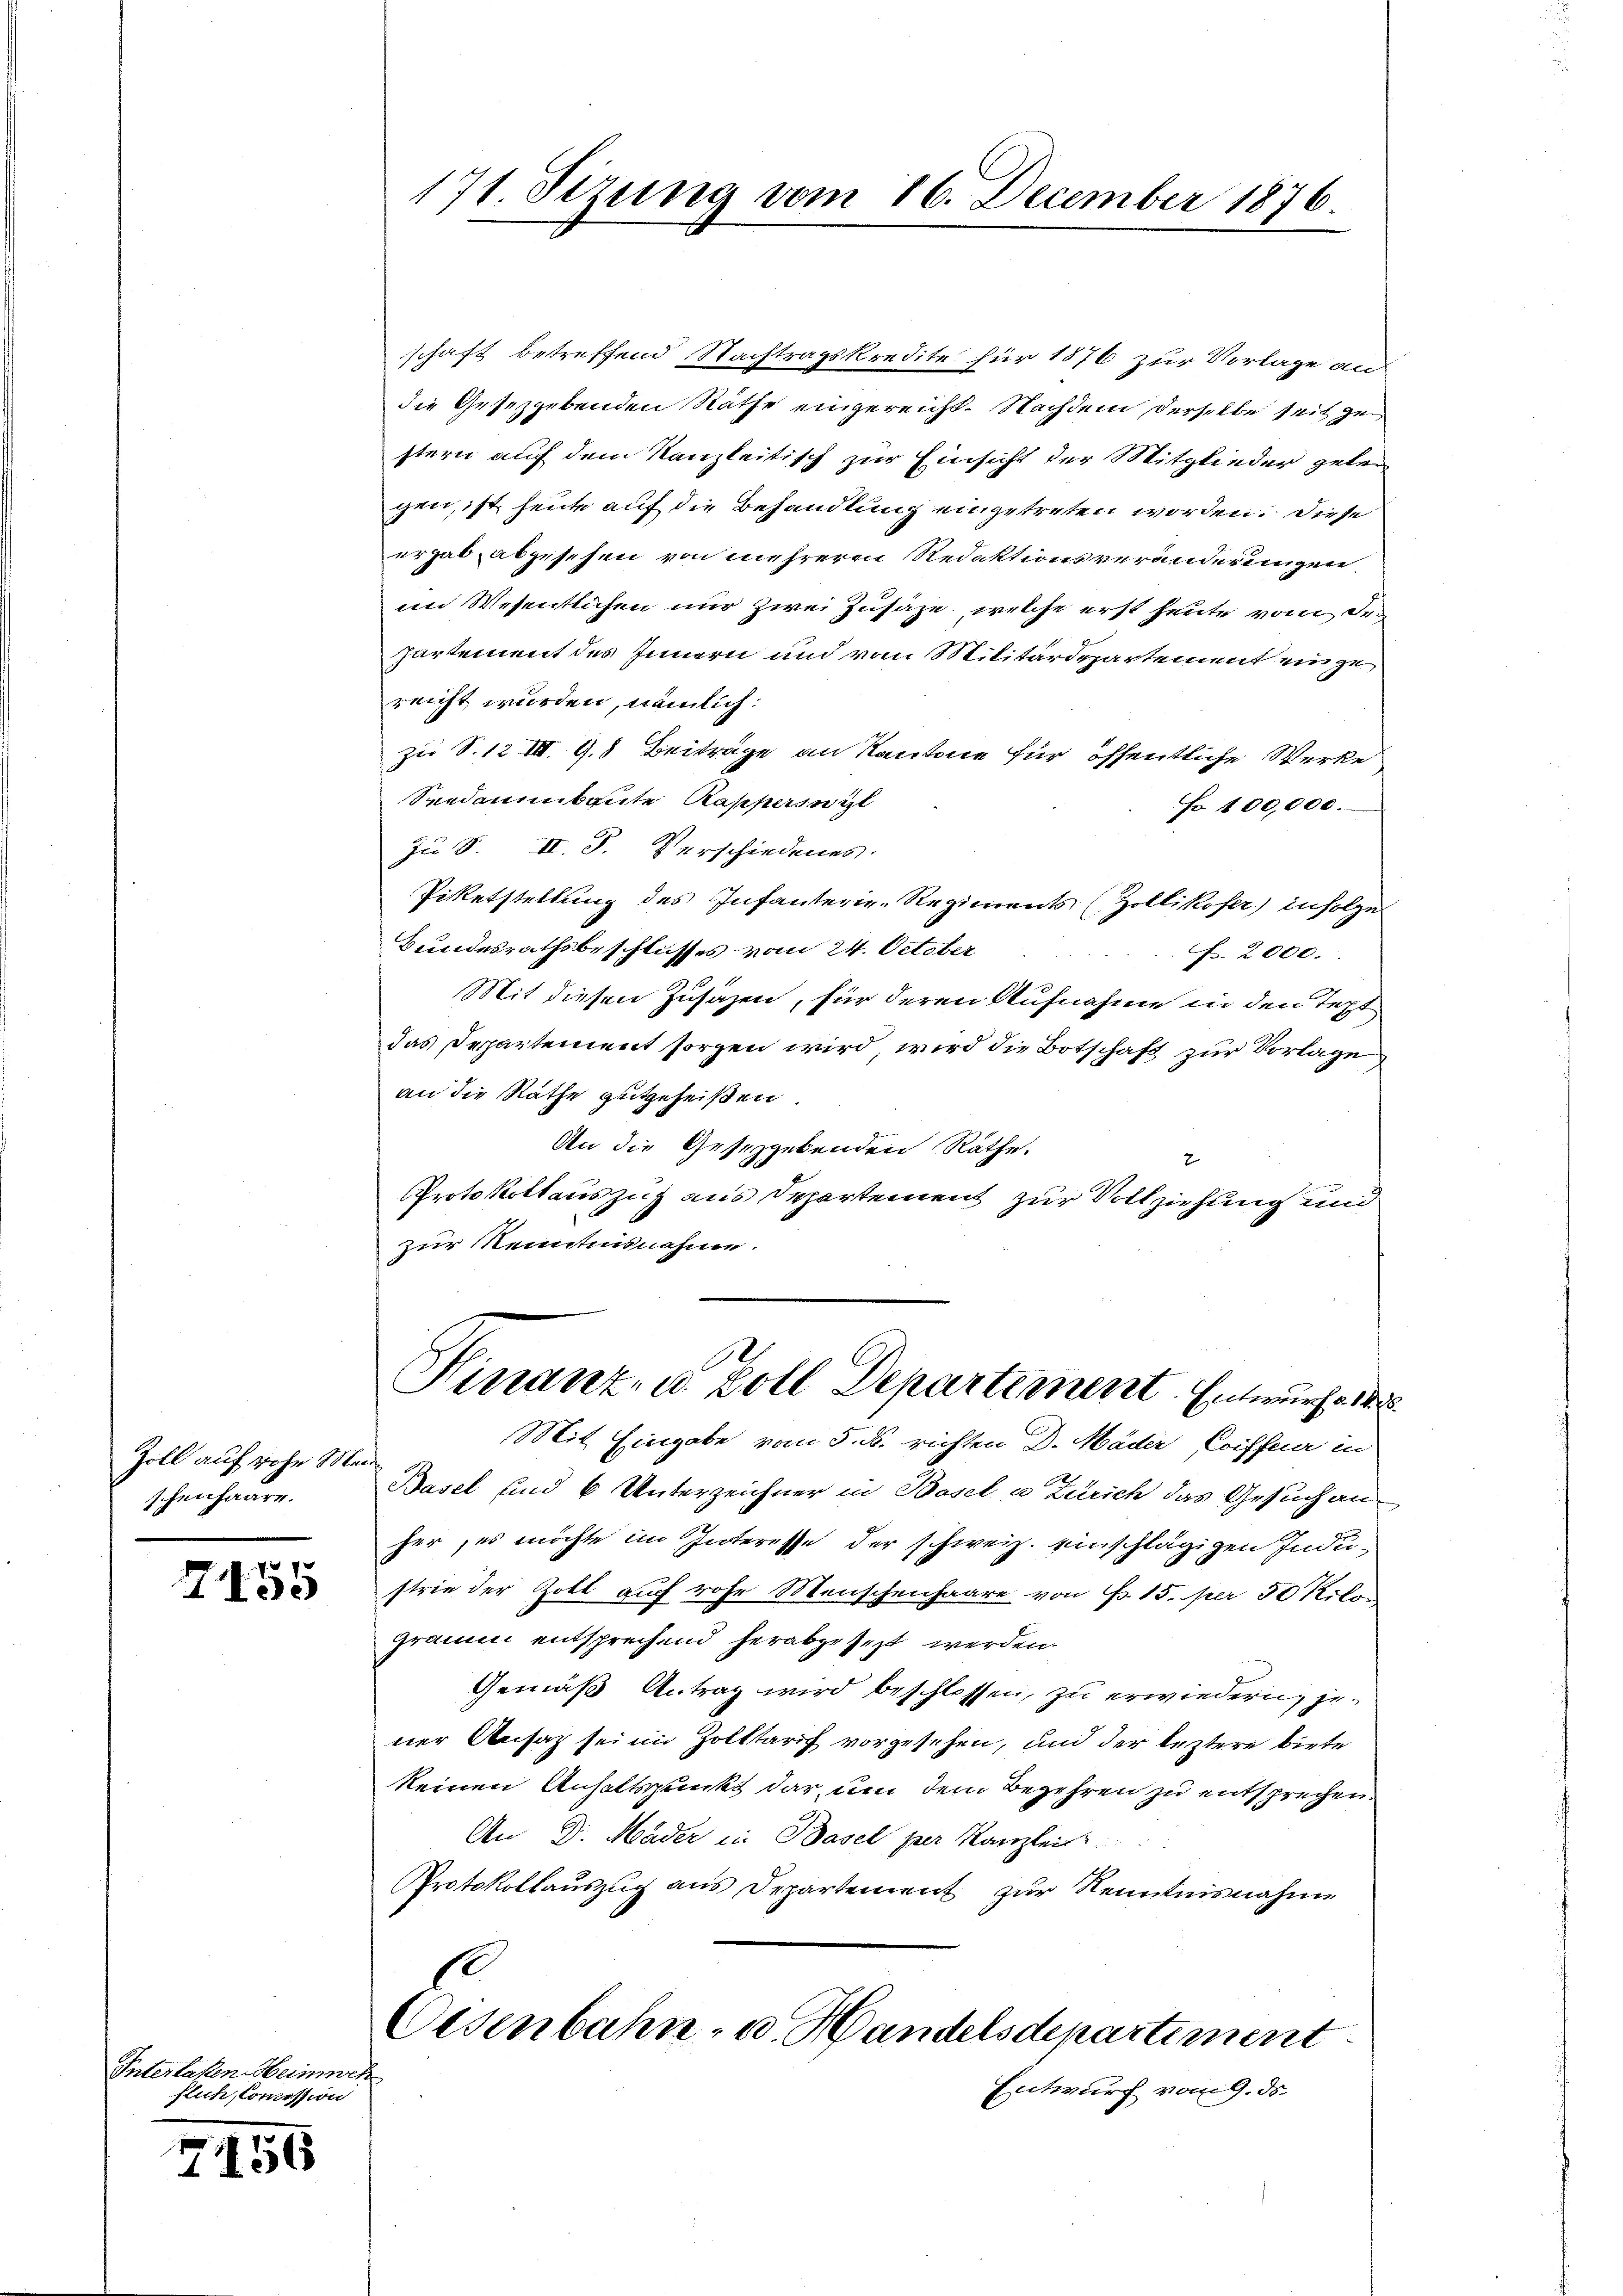
Zoll auf rohe Mei
schenhause.

.
7100

Interlaken Heimweh
flich, Commission

7150

171. Sizung vom 16. December 1876.

schaft betreffend Nachtragskredite für 1876 zur Vorlage an
die Gesetzgebenden Räthe eingereicht. Nachdem derselbe seit ge
stern auf dem Kanzleitisch zur Einsicht der Mitglieder gelei
gen, ist heute auf die Behandlung eingetreten worden. Diese
ergab abgesehen von mehreren Redaktionsveränderungen.
im Wesentlichen nur zwei Zusaze, welche erst heute vom Dr.
Partement des Innern und vom Militärdepartement einzureicht wurden, nämlich:
zu S. 12 III. 9. 8 Beiträge an Kantone für öffentliche Werke
Seedaumbaute Rapperswil
Fo 100,000.
Zu S. II. P. Verschiedenes
Pietstellung des Infanterie-Regiments (Zollikofer, infolge
Bundesrathsbeschlusses vom 24. October
F. 2000.
Mit diesen Zusazen, für deren Aufnahme in den Text
das Departement sorgen wird, wird die Botschaft zur Vorlage
an die Rathe gutgeheißen
An die Gesetzgebenden Räthe:
Protokollauszug aus Departement zur Vollziehung und
zur Kenntennahme.

E
Finanz- u. Zoll Departement. Entwurfe 1835.
Mit Eingabe vom 5. ds. richten D. Häder, Coiffuer in

Basel sind 6 Unterzeichner in Basel u Zürich das Gesuch anher, es möchte im Interesse der schweiz. einschlägigen Indu-
strie der Zoll auch rohe Menschenhaare von Fr. 15. per 50 Kilo
gramm entsprechend herabgesezt werden.
Gemäß Antrag wird beschlossen, zu erwiedern, jener Ansatz sei in Zolktarif vorgesehen, und der leztere biete
keinen Anhaltspunkt darum dem Begehren zu entsprechen.
An D. Mäder in Basel per Kanzlei
Protokollauszug aus Departement zur Kenntnisnahme
Oisenbahn- u. Handelsdepartiment

Entwurf vom 9. ds.